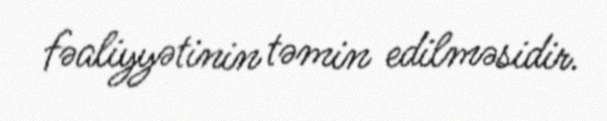
fəaliyyətinin təmin edilməsidir.